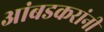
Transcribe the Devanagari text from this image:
आंबडकरांनी